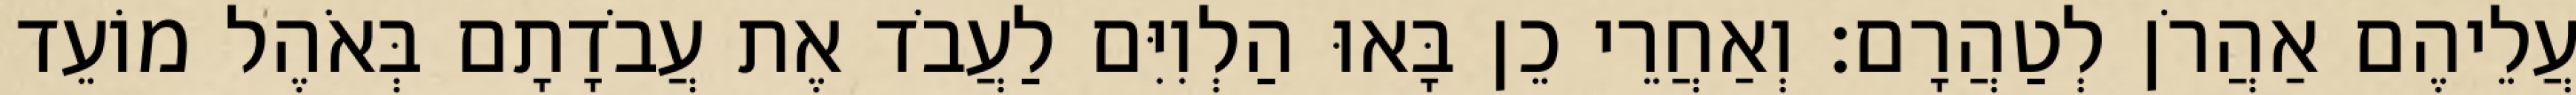
עֲלֵיהֶם אַהֲרֹן לְטַהֲרָם׃ וְאַחֲרֵי כֵן בָּאוּ הַלְוִיִּם לַעֲבֹד אֶת עֲבֹדָתָם בְּאֹהֶל מוֹעֵד